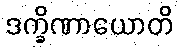
ဒက္ခိဏာယောတိ